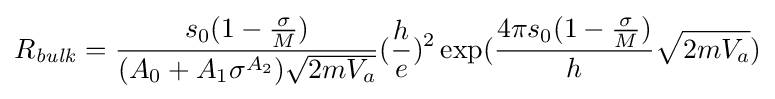
R_{\it {bulk}}={\frac {s_{0}(1-{\frac {\sigma }{M}})}{(A_{0}+A_{1}\sigma ^{A_{2}}){\sqrt {2mV_{a}}}}}({\frac {h}{e}})^{2}\exp({\frac {4{\pi }s_{0}(1-{\frac {\sigma }{M}})}{h}}{\sqrt {2mV_{a}}})